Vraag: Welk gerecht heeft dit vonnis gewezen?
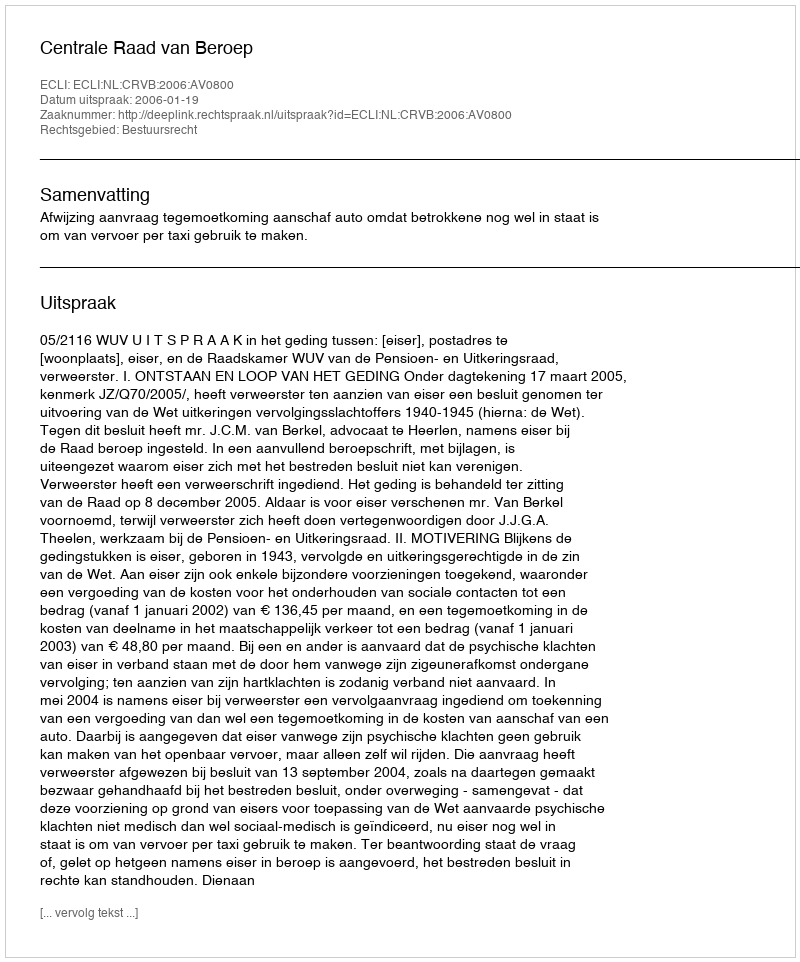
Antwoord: Centrale Raad van Beroep